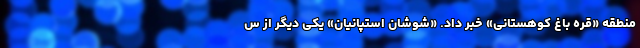
منطقه «قره باغ کوهستانی» خبر داد. «شوشان استپانیان» یکی دیگر از س